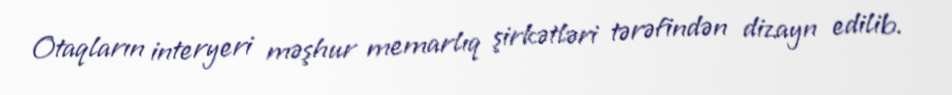
Otaqların interyeri məşhur memarlıq şirkətləri tərəfindən dizayn edilib.